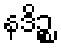
နဒိဉ္စ